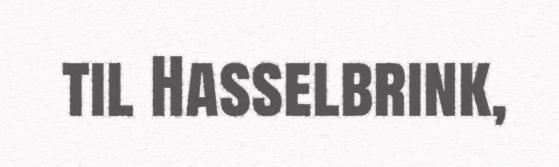
til Hasselbrink,